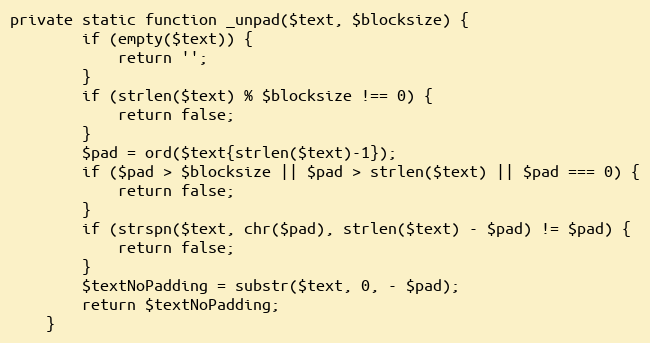
Language: PHP
private static function _unpad($text, $blocksize) {
        if (empty($text)) {
            return '';
        }
        if (strlen($text) % $blocksize !== 0) {
            return false;
        }
        $pad = ord($text{strlen($text)-1});
        if ($pad > $blocksize || $pad > strlen($text) || $pad === 0) {
            return false;
        }
        if (strspn($text, chr($pad), strlen($text) - $pad) != $pad) {
            return false;
        }
        $textNoPadding = substr($text, 0, - $pad);
        return $textNoPadding;
    }